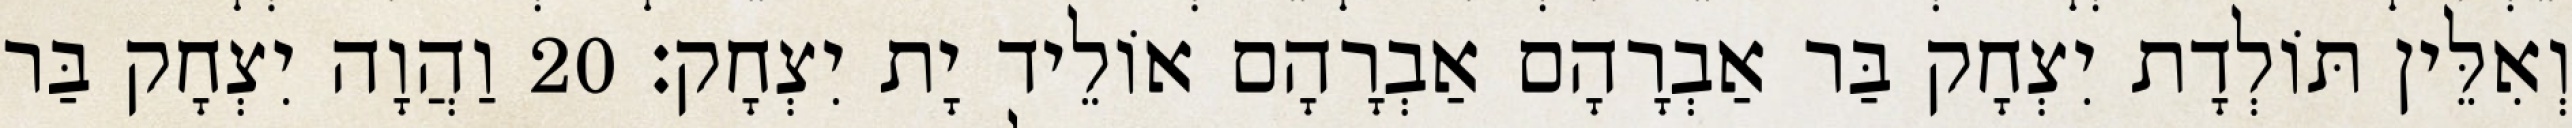
וְאִלֵּין תּוֹלְדָת יִצְחָק בַּר אַבְרָהָם אַבְרָהָם אוֹלֵיד יָת יִצְחָק׃ 20 וַהֲוָה יִצְחָק בַּר